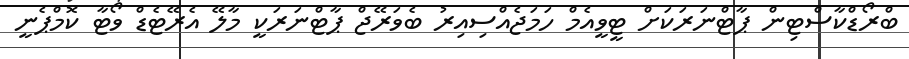
ބްރޯޑްކާސްޓިން ޕާޓްނަރަކަށް ޓީވީއެމް ހަމަޖެއްސިއިރު ބެވަރޭޖް ޕާޓްނަރަކީ މާލޭ އެރޭޓެޑް ވޯޓާ ކޮމްޕެނީ